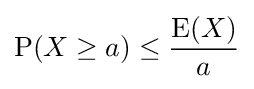
\operatorname {P} (X\geq a)\leq {\frac {\operatorname {E} (X)}{a}}